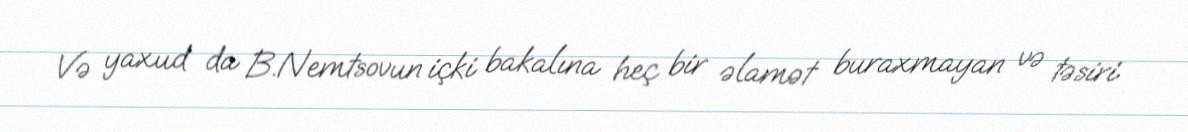
Və yaxud da B.Nemtsovun içki bakalına heç bir əlamət buraxmayan və təsiri